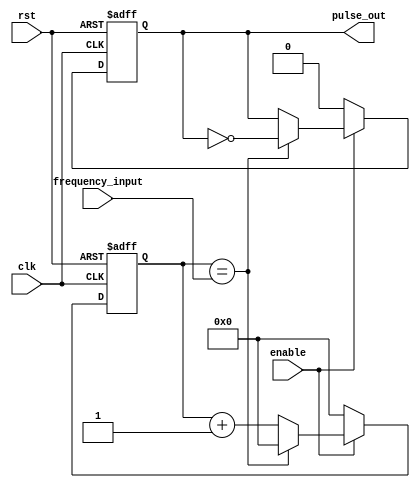
module Variable_Frequency_Pulse_Generator (
    input wire clk,
    input wire rst,
    input wire enable,
    input wire [7:0] frequency_input,
    output wire pulse_out
);

reg [7:0] counter;
reg pulse;

always @(posedge clk or posedge rst) begin
    if (rst) begin
        counter <= 8'b0;
        pulse <= 1'b0;
    end else if (enable) begin
        if (counter == frequency_input) begin
            pulse <= ~pulse;
            counter <= 8'b0;
        end else begin
            counter <= counter + 1;
        end
    end else begin
        counter <= 8'b0;
        pulse <= 1'b0;
    end
end

assign pulse_out = pulse;

endmodule